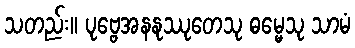
သတည်း။ ပုဗ္ဗေအနနုဿုတေသု ဓမ္မေသု သာမံ